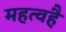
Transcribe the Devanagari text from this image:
महत्वहै